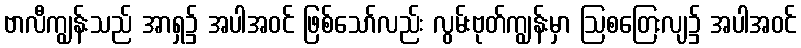
ဗာလီကျွန်းသည် အာရှ၌ အပါအဝင် ဖြစ်သော်လည်း လွမ်းဗုတ်ကျွန်းမှာ ဩစတြေးလျ၌ အပါအဝင်